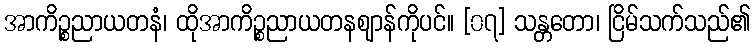
အာကိဉ္စညာယတနံ၊ ထိုအာကိဉ္စညာယတနဈာန်ကိုပင်။ [၀၇] သန္တတော၊ ငြိမ်သက်သည်၏